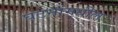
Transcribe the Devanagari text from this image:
घटनांमधील